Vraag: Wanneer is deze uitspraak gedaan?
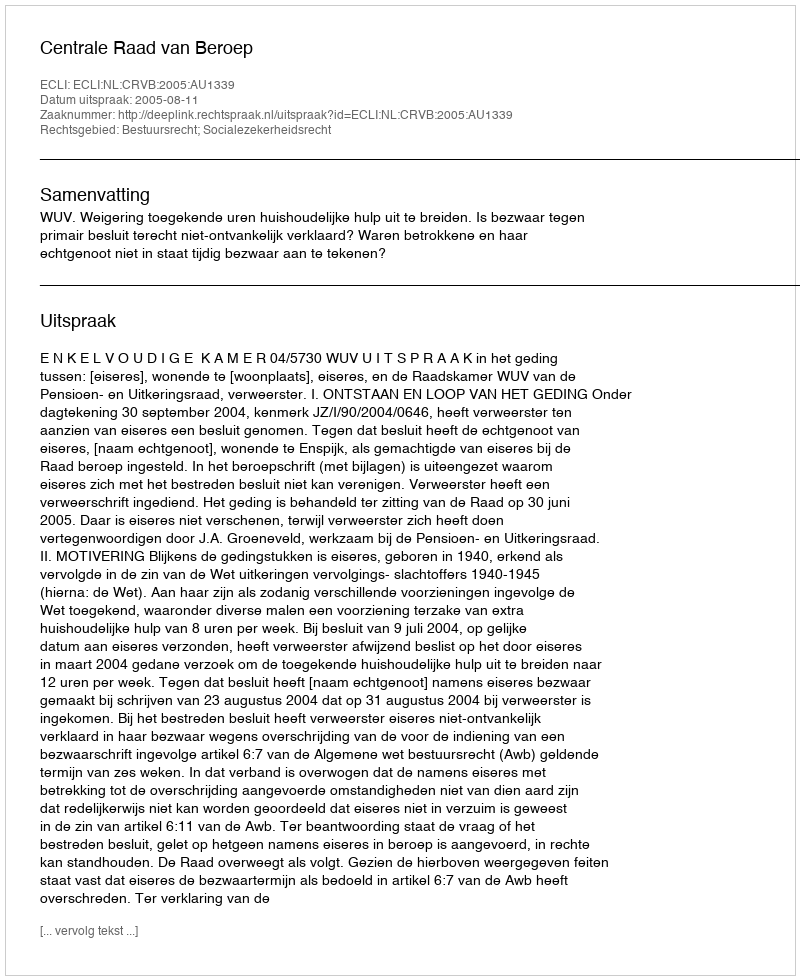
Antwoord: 2005-08-11